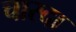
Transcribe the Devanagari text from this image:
चारदा